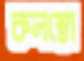
কলম্বো